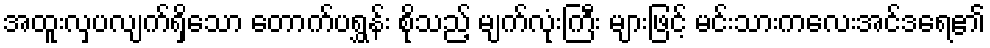
အထူးလှပလျက်ရှိသော တောက်ပရွှန်း စိုသည့် မျက်လုံးကြီး များဖြင့် မင်းသားကလေးအင်ဒရေ၏